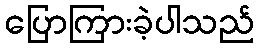
ပြောကြားခဲ့ပါသည်